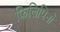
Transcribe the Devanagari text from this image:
फिलिपिनों